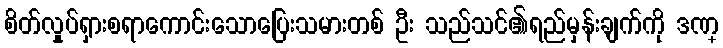
စိတ်လှုပ်ရှားစရာကောင်းသောပြေးသမားတစ် ဦး သည်သင်၏ရည်မှန်းချက်ကို ဒဏ္